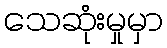
သေဆုံးမှုမှာ